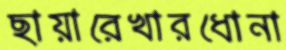
ছায়ারেখারধোনা